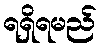
ရရှိရမည်